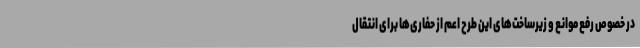
در خصوص رفع موانع و زیرساخت‌های این طرح اعم از حفاری‌ها برای انتقال